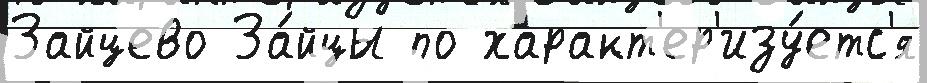
Зайцево За́йцы по характ'ер'изу́етс'я